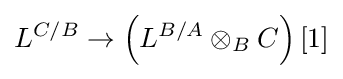
L^{C/B}\to \left(L^{B/A}\otimes _{B}C\right)[1]